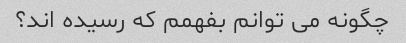
چگونه می توانم بفهمم که رسیده اند؟